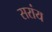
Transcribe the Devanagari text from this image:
सरांय